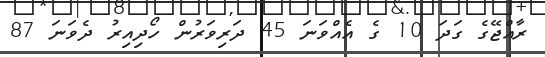
ރާއްޖޭގެ ގަދަ 10 ގެ އެއްވަނަ 45 ދަރިވަރުން ހޯދިއިރު ދެވަނަ 87